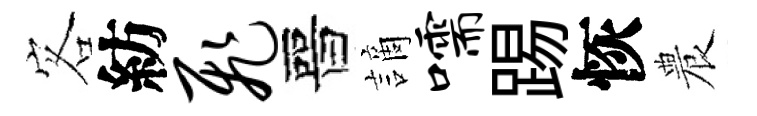
客紡飞晉謫嚅踢恢農